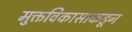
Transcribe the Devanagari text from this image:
मुक्तविकासाकडून